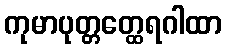
ကုမာပုတ္တတ္ထေရဂါထာ